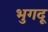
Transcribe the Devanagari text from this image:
भुगदू